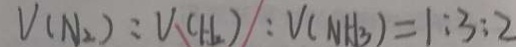
V ( N _ { 2 } ) : V _ { ( H _ { 2 } ) } : V ( N H _ { 3 } ) = 1 : 3 : 2